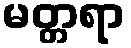
မတ္တရာ